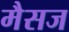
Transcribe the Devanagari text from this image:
मैसज